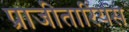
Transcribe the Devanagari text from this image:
प्राजीतारियस